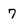
Character: 7